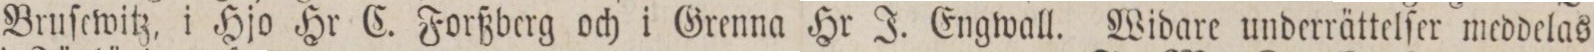
Bruſewitz, i Hjo Hr C. Forßberg och i Grenna Hr J. Engwall. Widare underrättelſer meddelas